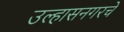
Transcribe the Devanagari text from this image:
उल्हासनगरचे